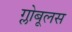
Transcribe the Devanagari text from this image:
ग्लोबूलस